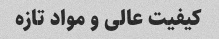
کیفیت عالی و مواد تازه